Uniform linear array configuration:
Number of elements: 24
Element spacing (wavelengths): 0.25
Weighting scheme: hann
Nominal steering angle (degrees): -15
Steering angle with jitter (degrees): -14.753
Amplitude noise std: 0.05
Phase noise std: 0.05

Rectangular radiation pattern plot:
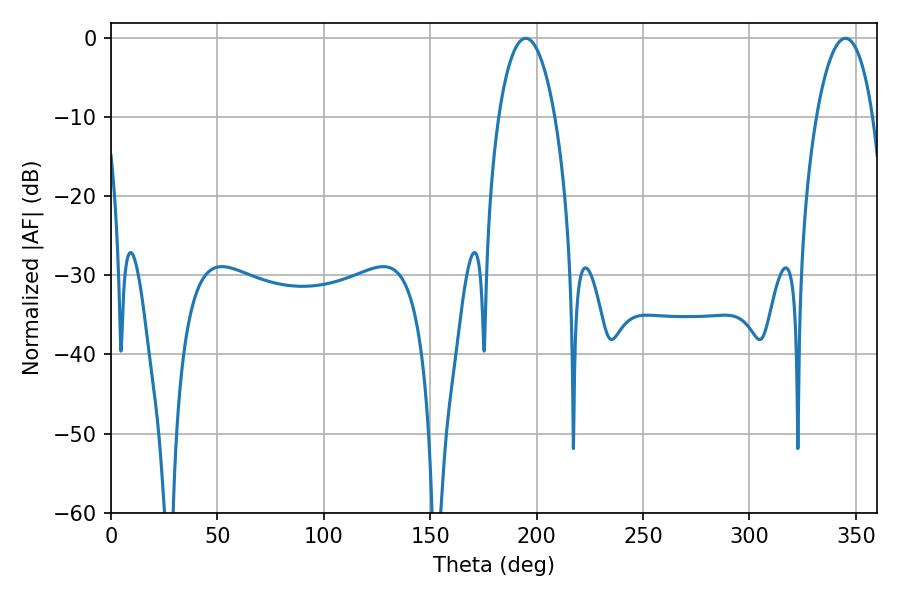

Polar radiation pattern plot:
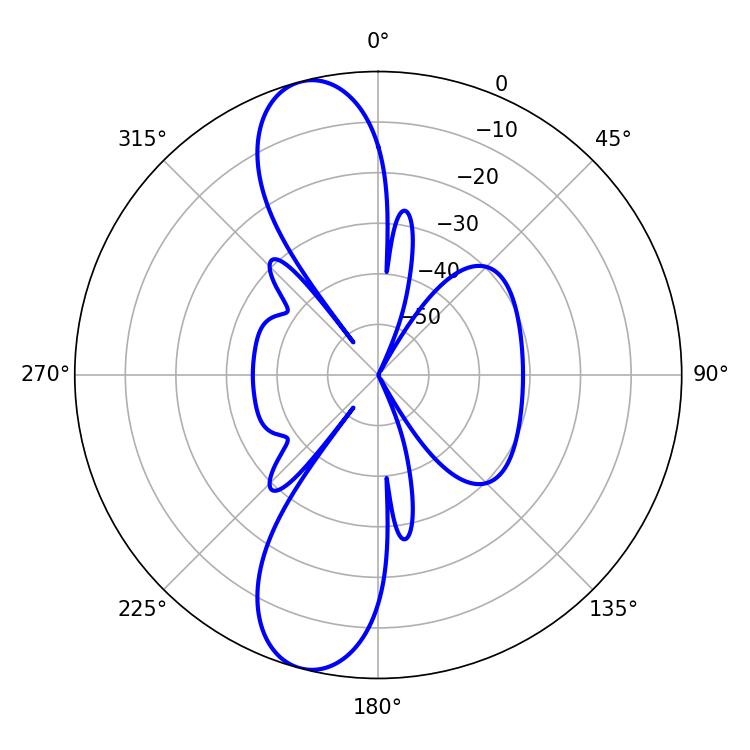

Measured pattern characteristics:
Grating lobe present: FALSE
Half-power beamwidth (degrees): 14.94
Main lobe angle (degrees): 345.06